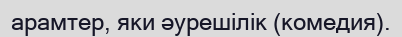
арамтер, яки әурешілік (комедия).